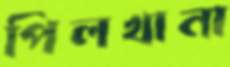
পিলখানা